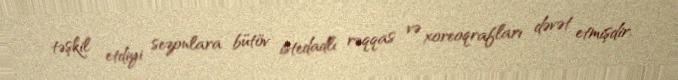
təşkil etdiyi sezonlara bütöv istedadlı rəqqas və xoreoqrafları dəvət etmişdir.